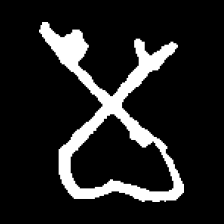
Pyu character \u2014 Myanmar letter: မ (romanized: ma)